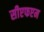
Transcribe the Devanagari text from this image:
सीएफएम